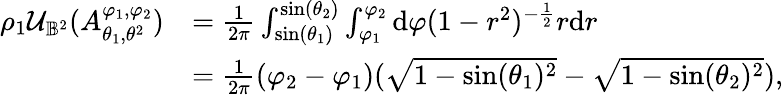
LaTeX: \begin{array}{rl}{\rho_{1}\mathcal U_{\mathbb B^{2}}(A_{\theta_{1},\theta^{2}}^{\varphi_{1},\varphi_{2}})}&{=\frac{1}{2\pi}\int_{\sin(\theta_{1})}^{\sin(\theta_{2})}\int_{\varphi_{1}}^{\varphi_{2}}\mathrm{d}\varphi(1-r^{2})^{-\frac 12}r\mathrm{d}r}\\ &{=\frac{1}{2\pi}(\varphi_{2}-\varphi_{1})(\sqrt{1-\sin(\theta_{1})^{2}}-\sqrt{1-\sin(\theta_{2})^{2}}),}\end{array}